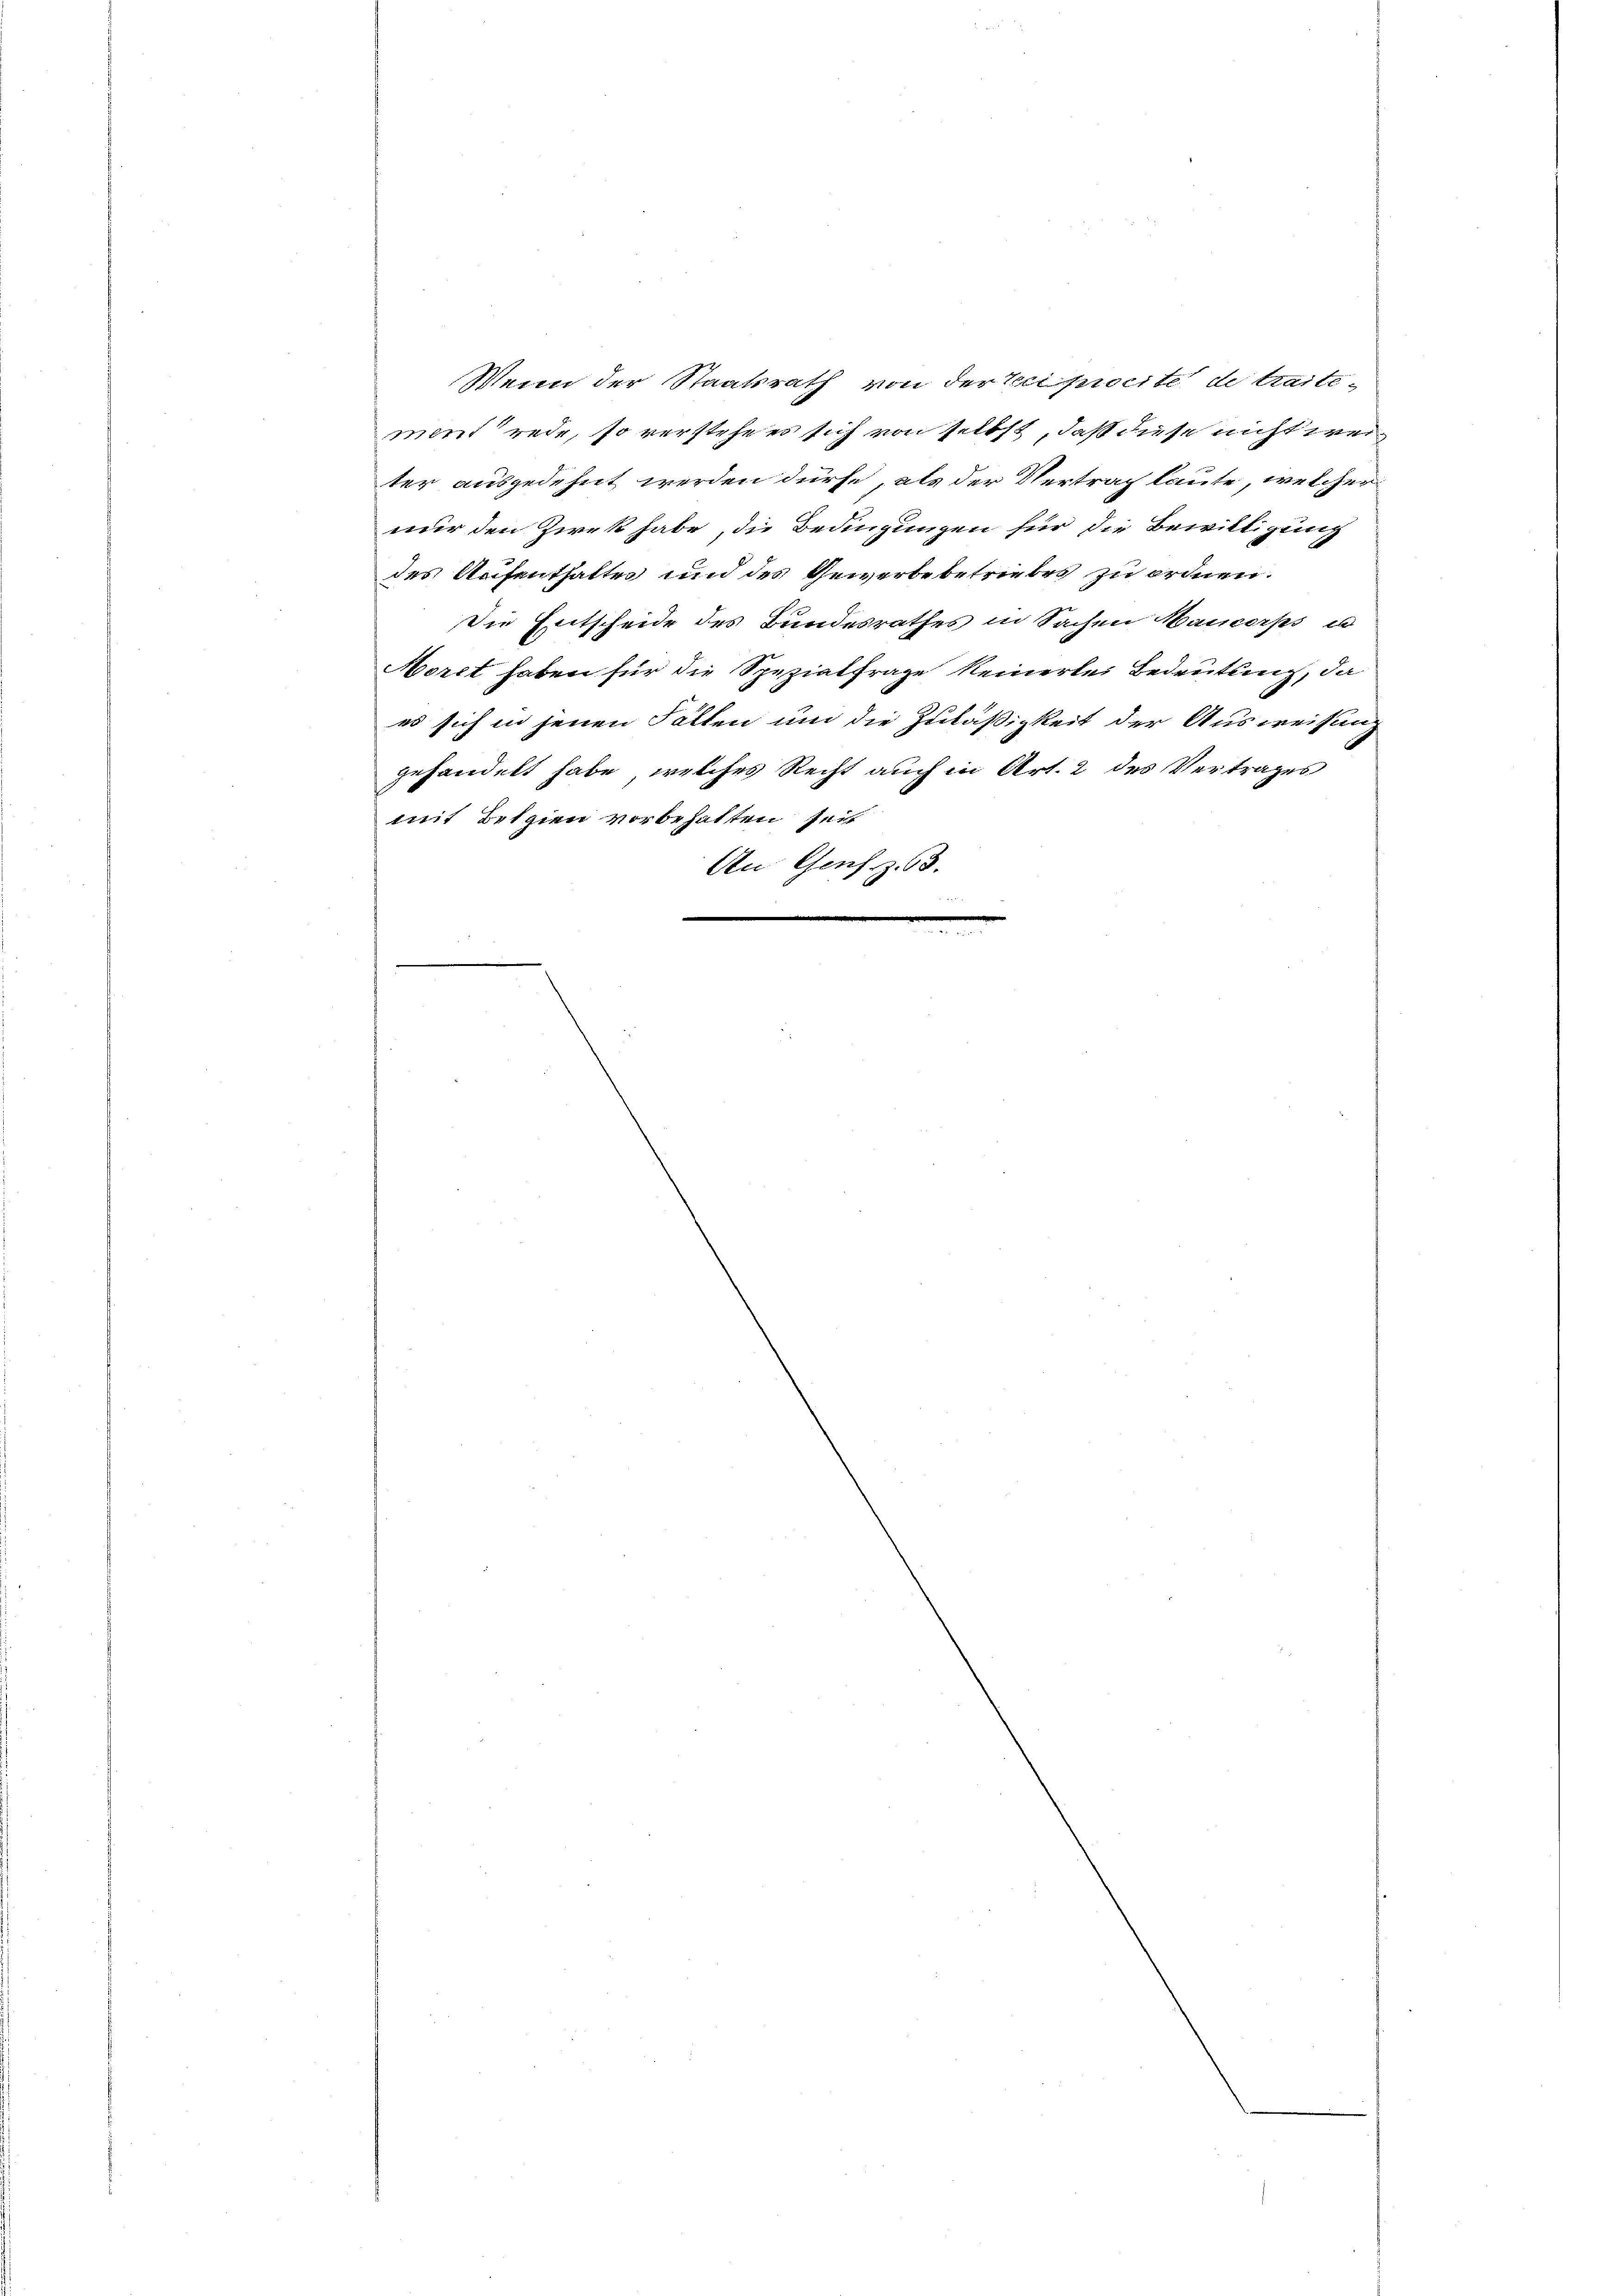
Wenn der Staatsrath von der Sciprocite de traitement rede, so verstehe es sich von selbst, daß diese nicht wei
ter ausgedehnt werden dürfe, als der Vertrag laute, welcher
nur den Ziek habe, die Bedingungen für die Bewilligung
des Aufenthaltes und des Gewerbe betriebes zu ordnen.
Die Entscheide des Bundesrathes in Sachen Mancorps u
Morrt haben für die Spezialfrage keinerlei Bedeutung, da
es sich in jenen Fällen und die Zuläßigkeit der Ausweisung
gehandelt habe, welches Recht auch in Art. 2 des Vertrages
mit Beizien vorbehalten seit
An Genf. Z. 63.
.
e